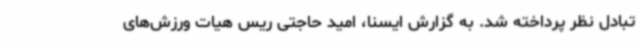
تبادل نظر پرداخته شد. به گزارش ایسنا، امید حاجتی ریس هیات ورزش‌های